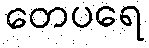
တေပရေ